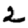
Digit: 2